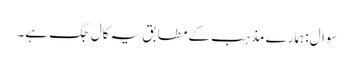
سوال:ہمارے مذہب کے مطابق یہ کال جگ ہے۔